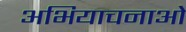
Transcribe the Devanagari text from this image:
अभियाचनाओं